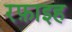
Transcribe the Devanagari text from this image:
रफ़ाइह